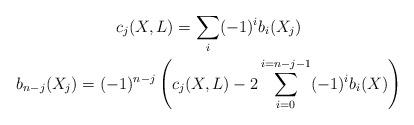
LaTeX: \begin{gather*}c_j(X, L) = \sum_i (-1)^ib_i(X_j)\\b_{n-j}(X_j) = (-1)^{n-j}\left(c_j(X, L) - 2\sum_{i=0}^{i=n-j-1}(-1)^i b_i(X)\right)\end{gather*}